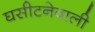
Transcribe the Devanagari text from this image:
घसीटनेवाली